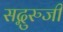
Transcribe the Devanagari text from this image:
सद्गुरुजी